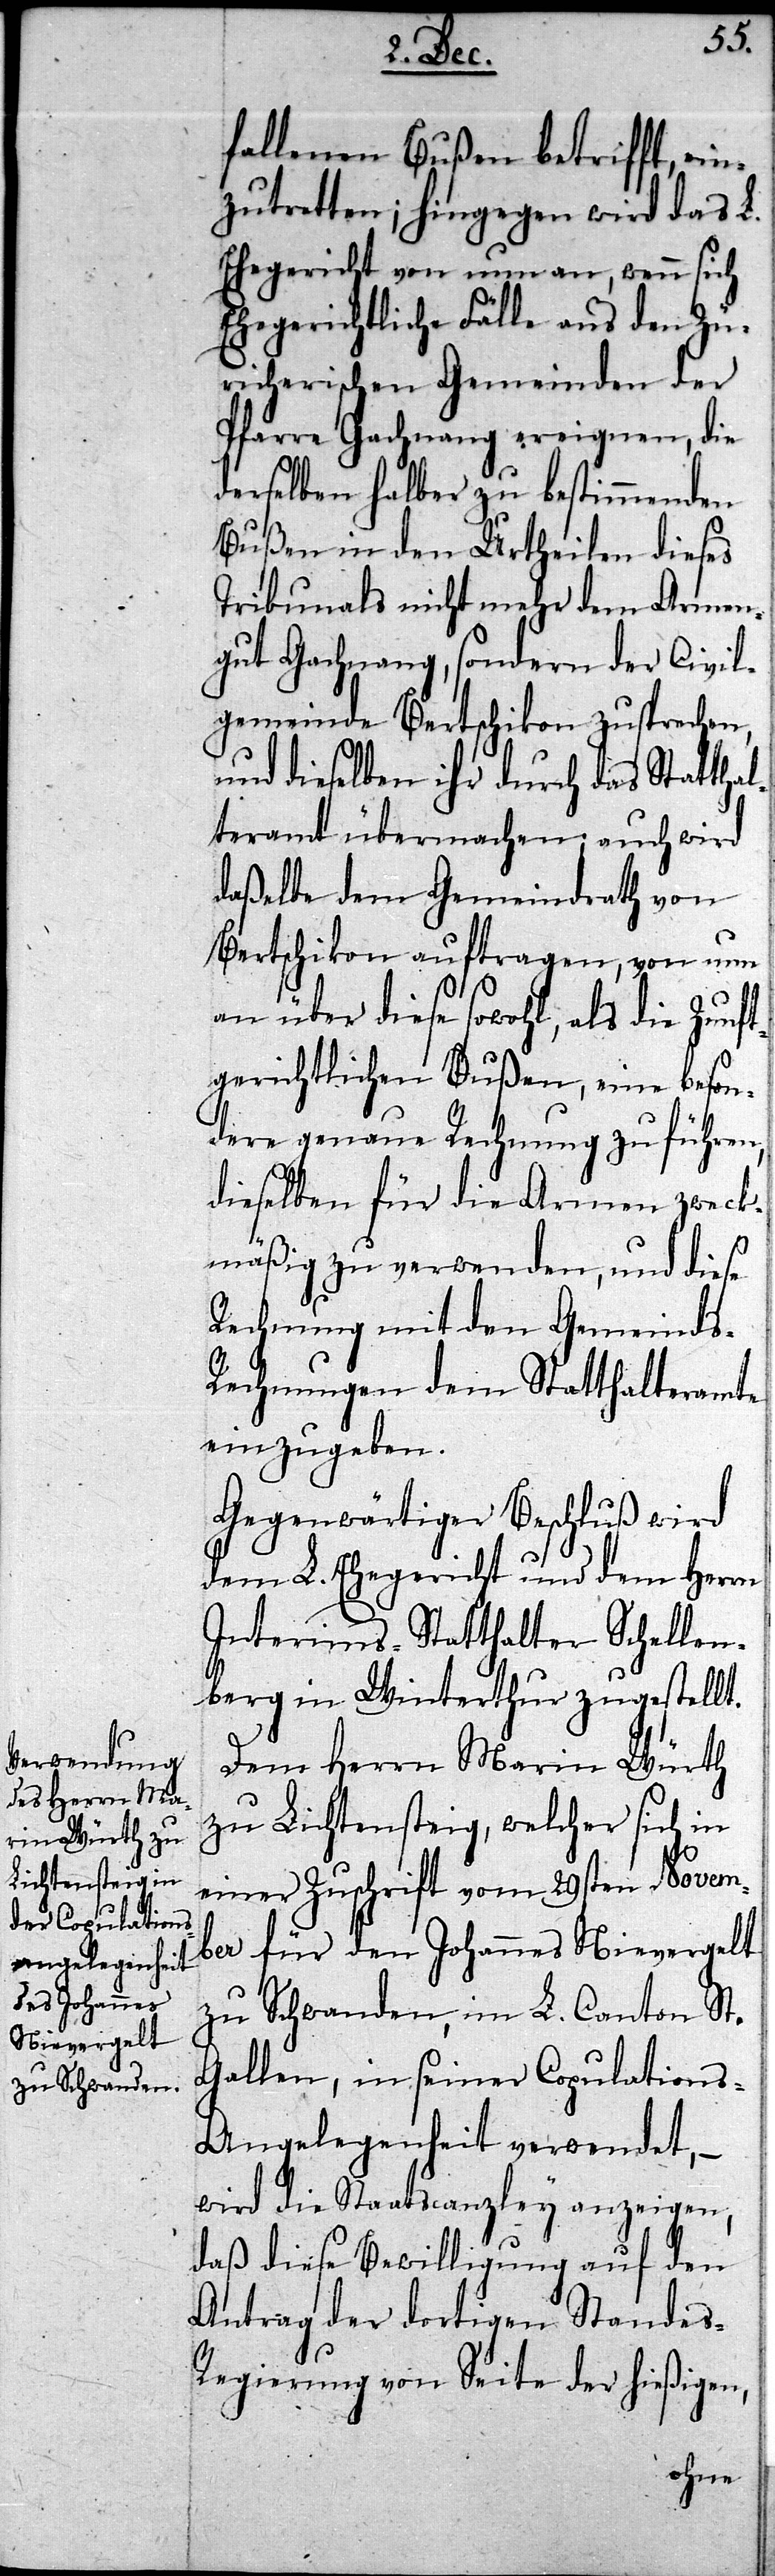
fallenen Bußen betrifft, ein¬
zutretten; hingegen wird das L.
Ehegericht von nun an, wenn sich
Ehegerichtliche Fälle aus den Zü¬
rcherischen Gemeinden der
Pfarre Gachnang ereignen, die
derselben halber zu bestimmenden
Bußen in den Urtheilen dieses
Tribunals nicht mehr dem Armen¬
gut Gachnang, sondern der Civil¬
gemeinde Bertschikon zusprechen,
mte
und dieselben ihr durch
teramt übermachen; auch wird
daßelbe dem Gemeind¬
von
Bertschikon auftragen, von nun
an über diese sowohl, als die Zun¬
gerichtlichen Bußen, eine beson¬
ders genaue Rechnung zu führen,
dieselben für die Armen zweck¬
mäßig zu verwenden, und diese
Rechnung mit den Gemeinds-R¬
echnungen dem Statthaltera¬
einzugeben.
Gegenwärtiger Beschluß wird
dem L. Ehegericht und dem Herrn
Interims-Statthalter Schellen¬
berg in Winterthur zugestellt.
Dem Herrn Marin Würth
zu Lichtensteig, welcher sich in
einer Zuschrift vom 29sten Novem¬
ber für den Johannes Nievergelt
zu Schwanden, im L. Canton St.
Gallen, in seiner Copulations-A¬
ngelegenheit verwendet, –
wird die Staatscanzley anzeigen,
daß diese Bewilligung auf den
Antrag der dortigen Standes-R¬
egierung von Seite der hießigen,